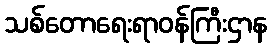
သစ်တောရေးရာဝန်ကြီးဌာန